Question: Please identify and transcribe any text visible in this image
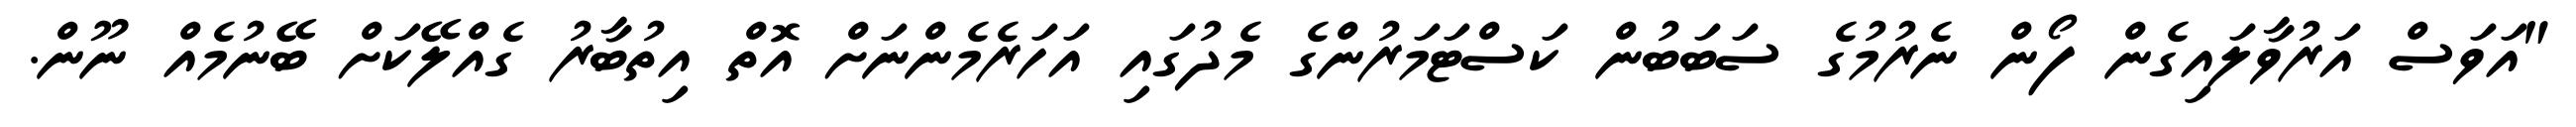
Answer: "އަވަސް އަރުވާލައިގެން ފޯން ނެރުމުގެ ސަބަބުން ކަސްޓަމަރުންގެ މެދުގައި އަހަރެމެންނަށް އޮތް އިތުބާރު ގެއްލޭކަށް ބޭނުމެއް ނޫން.